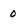
Character: 0